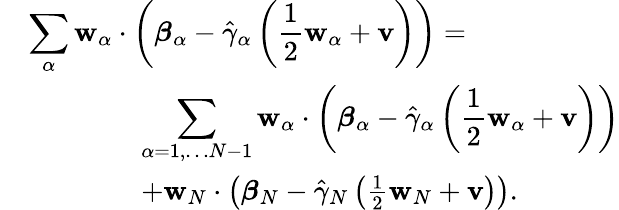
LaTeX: \begin{array}{rl}&{\displaystyle\sum_{\alpha}\mathbf{w}_{\alpha}\cdot\left(\boldsymbol{\beta}_{\alpha}-\hat{\gamma}_{\alpha}\left(\frac{1}{2}\mathbf{w}_{\alpha}+\mathbf{v}\right)\right)=}\\ &{\quad\quad\quad\quad\displaystyle\sum_{\alpha=1,\dots N-1}\mathbf{w}_{\alpha}\cdot\left(\boldsymbol{\beta}_{\alpha}-\hat{\gamma}_{\alpha}\left(\frac{1}{2}\mathbf{w}_{\alpha}+\mathbf{v}\right)\right)}\\ &{\quad\quad\quad\quad+\mathbf{w}_{N}\cdot\left(\boldsymbol{\beta}_{N}-\hat{\gamma}_{N}\left(\frac{1}{2}\mathbf{w}_{N}+\mathbf{v}\right)\right).}\end{array}